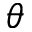
\theta